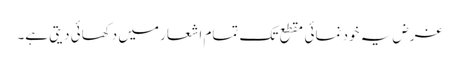
غرض یہ خود نمائی مقطع تک تمام اشعار میں دکھائی دیتی ہے۔